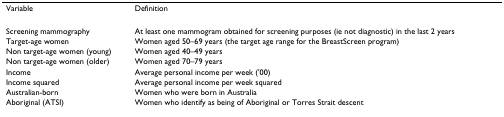
<table><thead><tr><td><b>Variable</b></td><td><b>Definition</b></td></tr></thead><tbody><tr><td>Screening mammography</td><td>At least one mammogram obtained for screening purposes (ie not diagnostic) in the last 2 years</td></tr><tr><td>Target-age women</td><td>Women aged 50–69 years (the target age range for the BreastScreen program)</td></tr><tr><td>Non target-age women (young)</td><td>Women aged 40–49 years</td></tr><tr><td>Non target-age women (older)</td><td>Women aged 70–79 years</td></tr><tr><td>Income</td><td>Average personal income per week (&#x27;00)</td></tr><tr><td>Income squared</td><td>Average personal income per week squared</td></tr><tr><td>Australian-born</td><td>Women who were born in Australia</td></tr><tr><td>Aboriginal (ATSI)</td><td>Women who identify as being of Aboriginal or Torres Strait descent</td></tr></tbody></table>